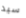
سيد